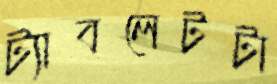
ট্যাবলেটটা